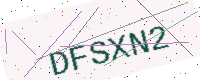
Text: DFSXN2